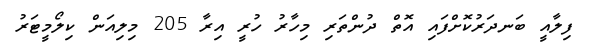
ފިލާއީ ބަނދަރުކޮށްފައި އޮތް ދުންތަރި މިހާރު ހުރީ އިރާ 205 މިލިއަން ކިލޯމީޓަރު